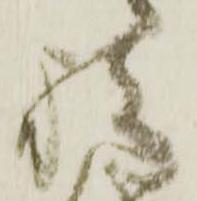
祝